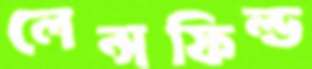
লেন্সফিল্ড